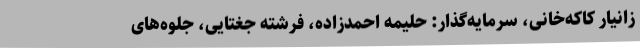
زانیار کاکه‌خانی، سرمایه‌گذار: حلیمه احمدزاده، فرشته ‌جغتایی، جلوه‌های